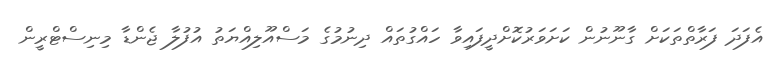
އެފަދަ ފަރާތްތަކަށް ގާނޫނުން ކަށަވަރުކޮށްދީފައިވާ ހައްގުތައް ދިނުމުގެ މަސްއޫލިއްޔަތު އުފުލާ ޖެންޑާ މިނިސްޓްރީން